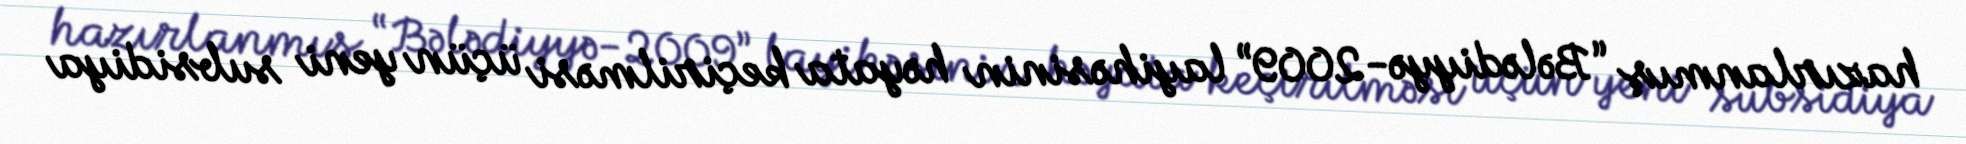
hazırlanmış “Bələdiyyə-2009” layihəsinin həyata keçirilməsi üçün yeni subsidiya